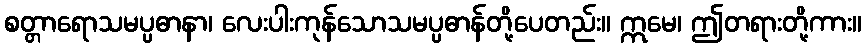
စတ္တာရောသမပ္ပဓာနာ၊ လေးပါးကုန်သောသမပ္ပဓာန်တို့ပေတည်း။ ဣမေ၊ ဤတရားတို့ကား။